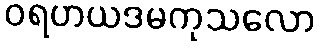
ဝရဟယဒမကုသလော